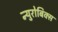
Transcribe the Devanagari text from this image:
न्युरोबिक्स